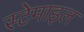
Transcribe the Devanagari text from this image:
स्टेमाइल